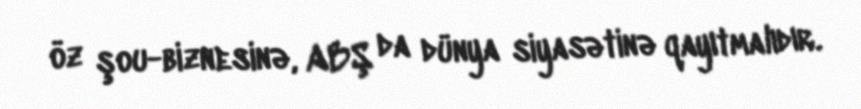
öz şou-biznesinə, ABŞ da dünya siyasətinə qayıtmalıdır.